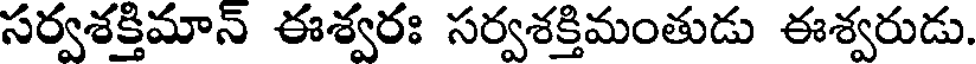
సర్వశక్తిమాన్ ఈశ్వరః సర్వశక్తిమంతుడు ఈశ్వరుడు.